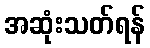
အဆုံးသတ်ရန်